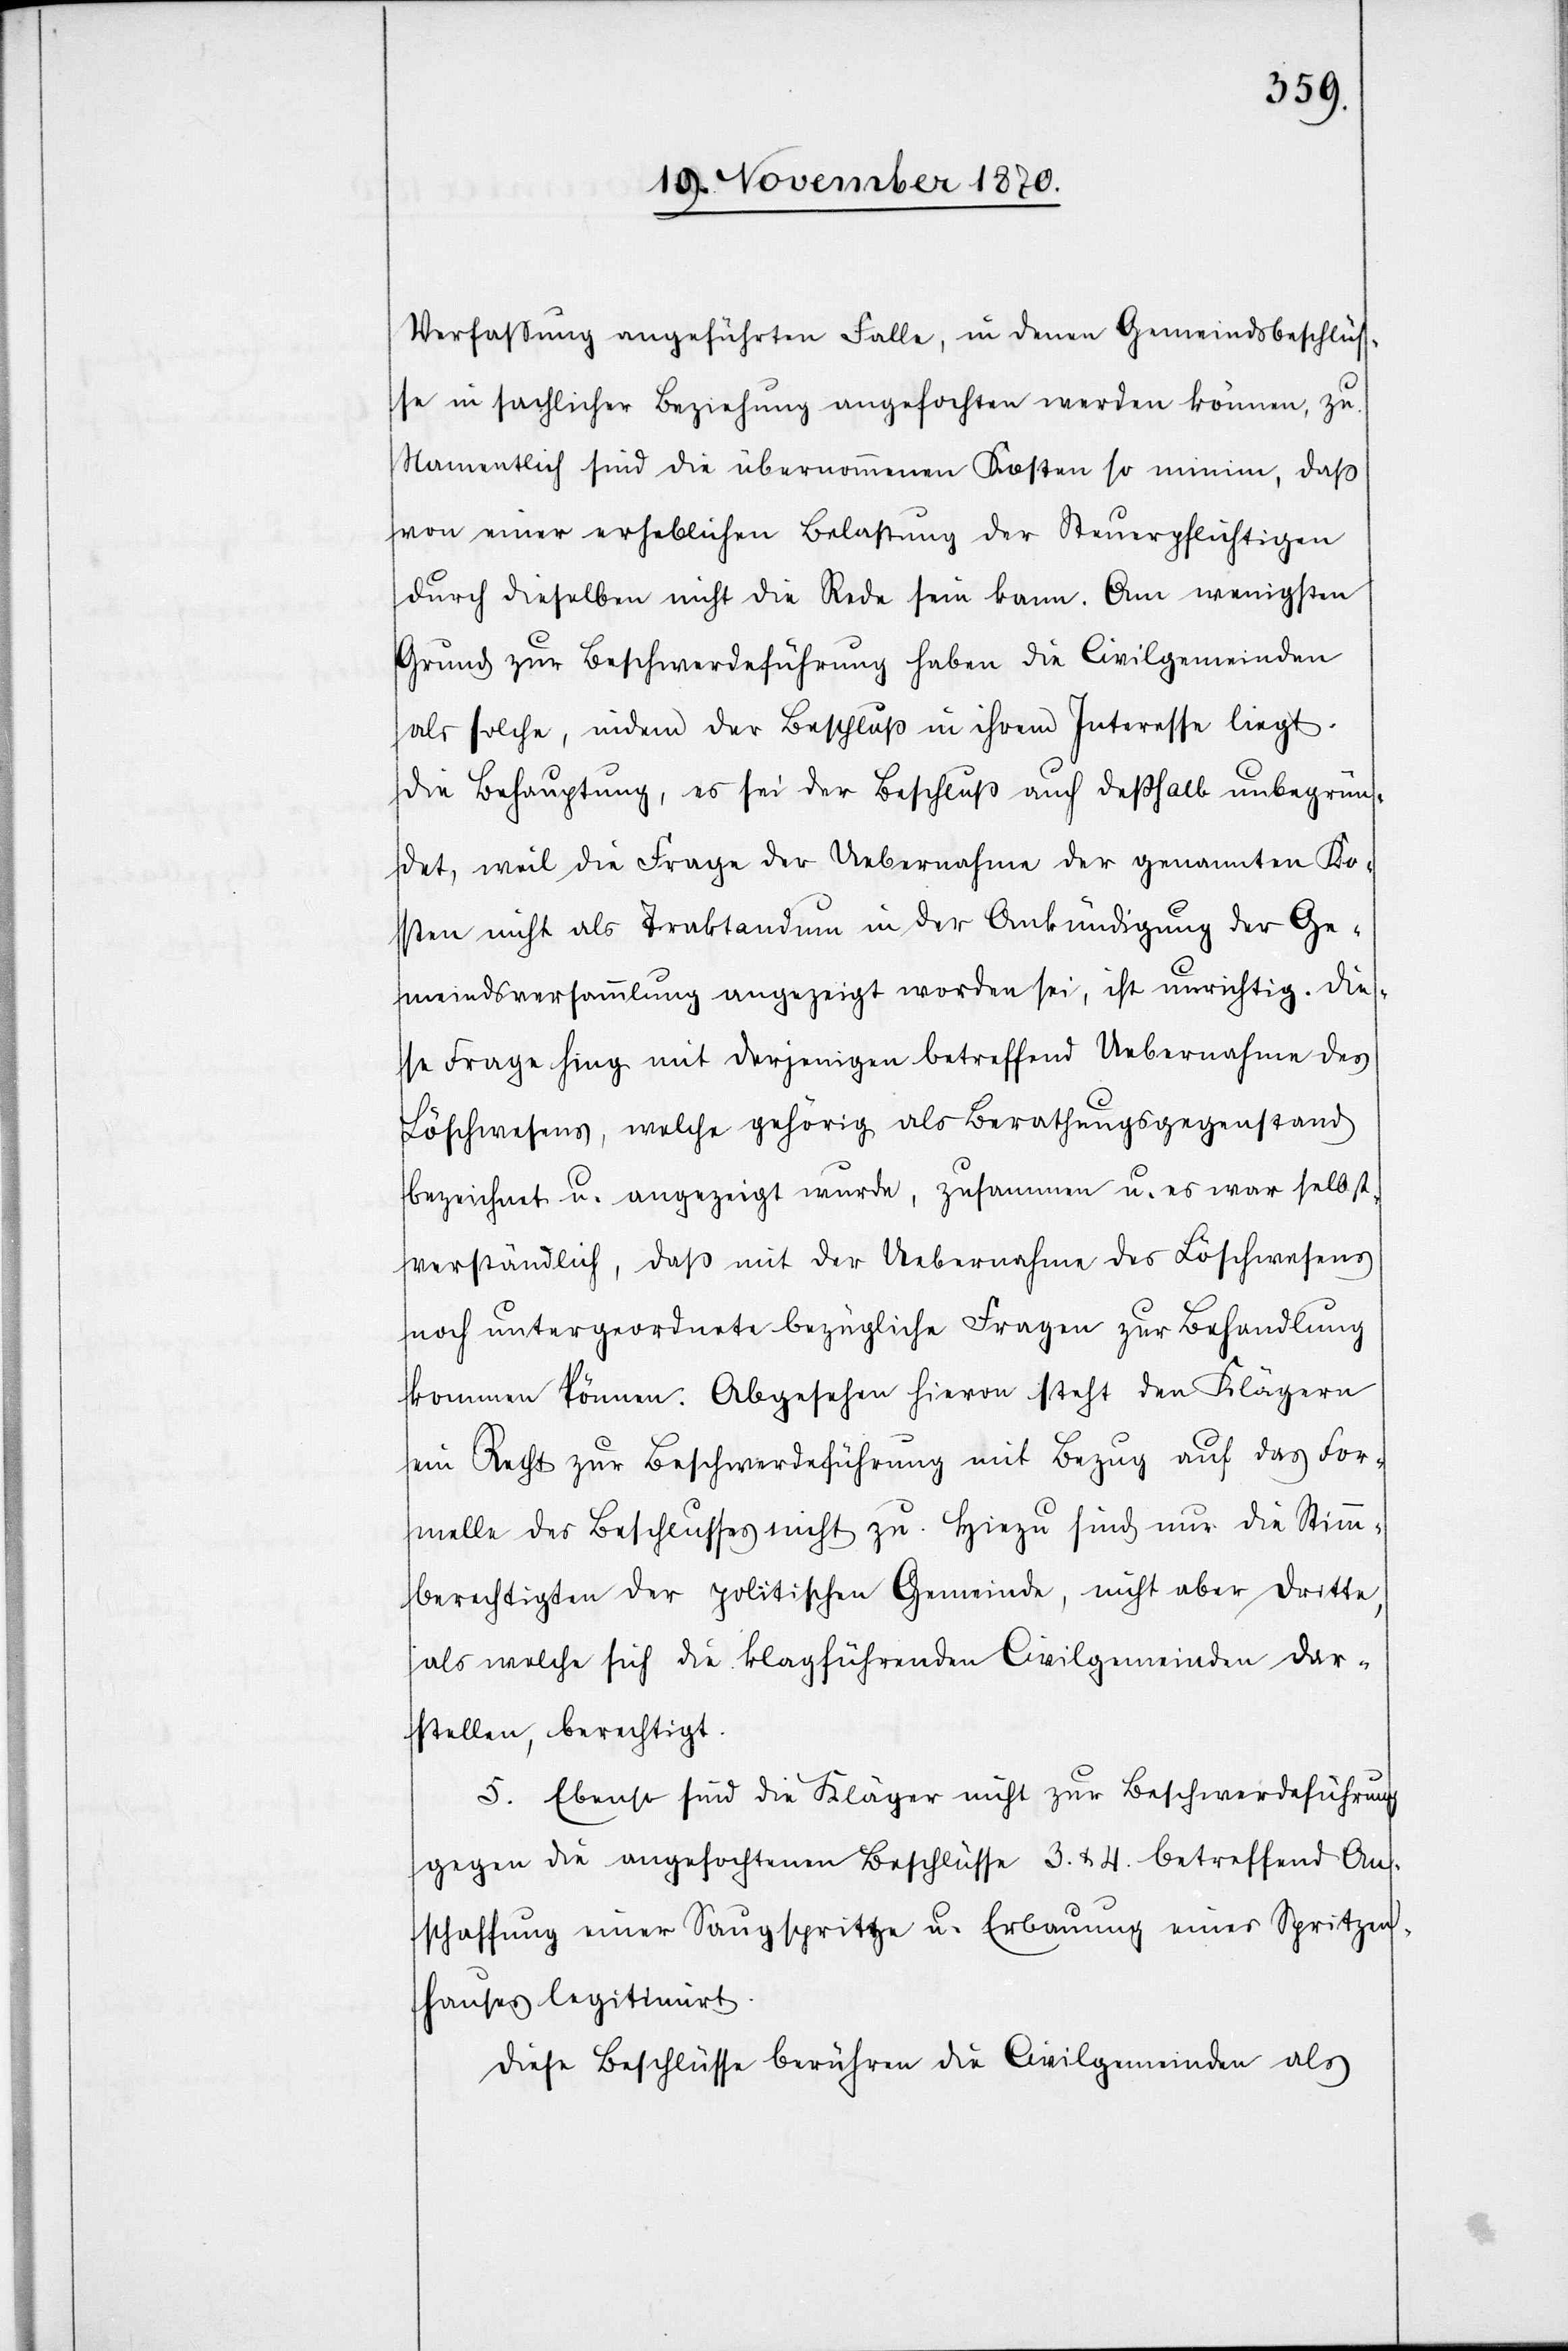
Verfaßung angeführten Fälle, in denen Gemeindsbeschlüs¬
se in sachlicher Beziehung angefochten werden können, zu.
Namentlich sind die übernommenen Kosten so minim, daß
von einer erheblichen Belastung der Steuerpflichtigen
durch dieselben nicht die Rede sein kann. Am wenigsten
Grund zur Beschwerdeführung haben die Civilgemeinden
als solche, indem der Beschluß in ihrem Interesse liegt.
Die Behauptung, es sei der Beschluß auch deßhalb unbegrün¬
det, weil die Frage der Uebernahme der genannten Ko¬
sten nicht als Traktandum in der Ankündigung der Ge¬
meindsversammlung angezeigt worden sei, ist unrichtig. Die¬
se Frage hing mit derjenigen betreffend Uebernahme des
Löschwesens, welche gehörig als Berathungsgegenstand
bezeichnet u. angezeigt wurde, zusammen u. es war selbst¬
verständlich, daß mit der Uebernahme des Löschwesens
noch untergeordnete bezügliche Fragen zur Behandlung
kommen können. Abgesehen hievon steht den Klägern
ein Recht zur Beschwerdeführung mit Bezug auf das for¬
melle des Beschlusses nicht zu. Hiezu sind nur die Stimm¬
berechtigten der politischen Gemeinde, nicht aber dritte,
als welche sich die klageführenden Civilgemeinden dar¬
stellen, berechtigt.
5. Ebenso sind die Kläger nicht zur Beschwerdeführung
gegen die angefochtenen Beschlüsse 3. & 4. betreffend An¬
schaffung einer Saugspritze u. Erbauung eines Spritzen¬
hauses legitimirt.
Diese Beschlüsse berühren die Civilgemeinden als